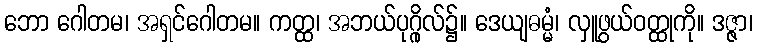
ဘော ဂေါတမ၊ အရှင်ဂေါတမ။ ကတ္ထ၊ အဘယ်ပုဂ္ဂိုလ်၌။ ဒေယျဓမ္မံ၊ လှူဖွယ်ဝတ္ထုကို။ ဒဇ္ဇာ၊